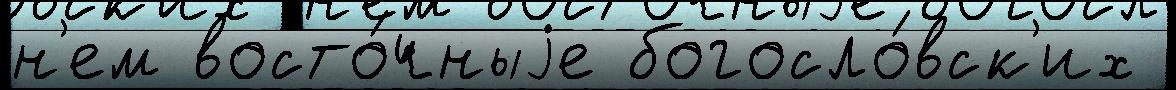
н'ем восто́чныjе богосло́вск'их